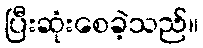
ပြီးဆုံးစေခဲ့သည်။